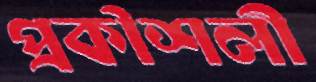
প্রকৗশলী